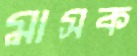
মাসক